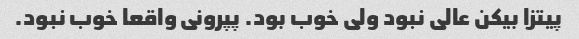
پیتزا بیکن عالی نبود ولی خوب بود. پپرونی واقعا خوب نبود.